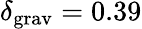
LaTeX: \delta_{\mathrm{grav}}=0.39